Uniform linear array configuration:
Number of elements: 4
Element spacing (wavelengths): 0.5
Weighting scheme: blackman
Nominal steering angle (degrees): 45
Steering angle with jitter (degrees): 46.94
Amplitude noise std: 0.05
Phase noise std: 0.05

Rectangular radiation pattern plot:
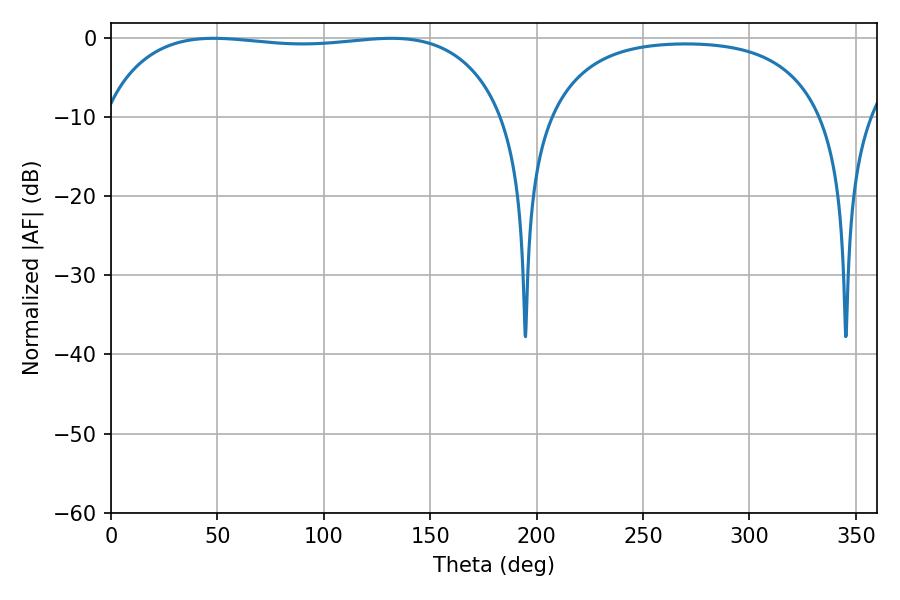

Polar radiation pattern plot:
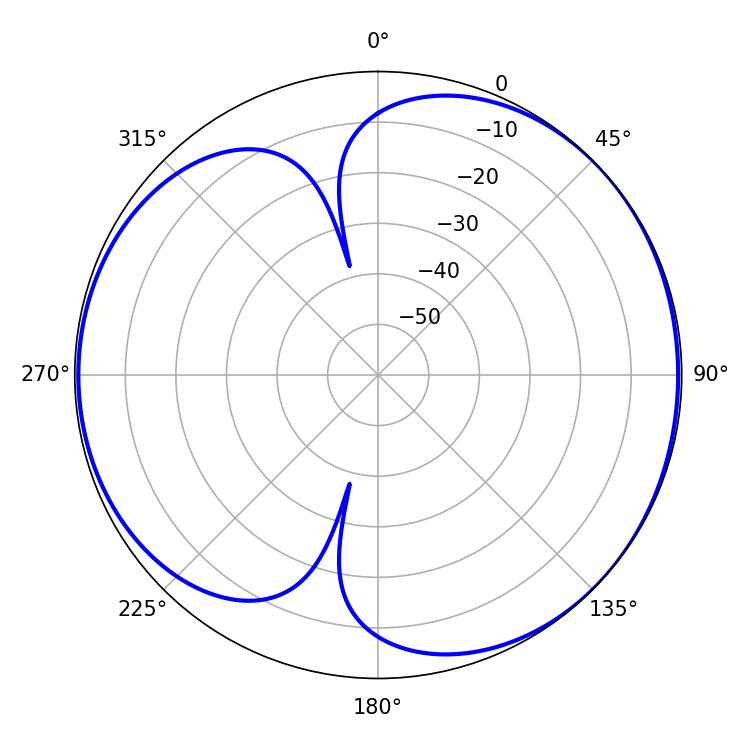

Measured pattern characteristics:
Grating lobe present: FALSE
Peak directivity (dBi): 4.952
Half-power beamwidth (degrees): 151.2
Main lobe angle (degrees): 48.24